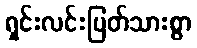
ရှင်းလင်းပြတ်သားစွာ